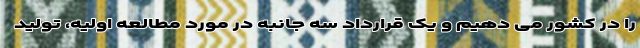
را در کشور می دهیم و یک قرارداد سه جانبه در مورد مطالعه اولیه، تولید